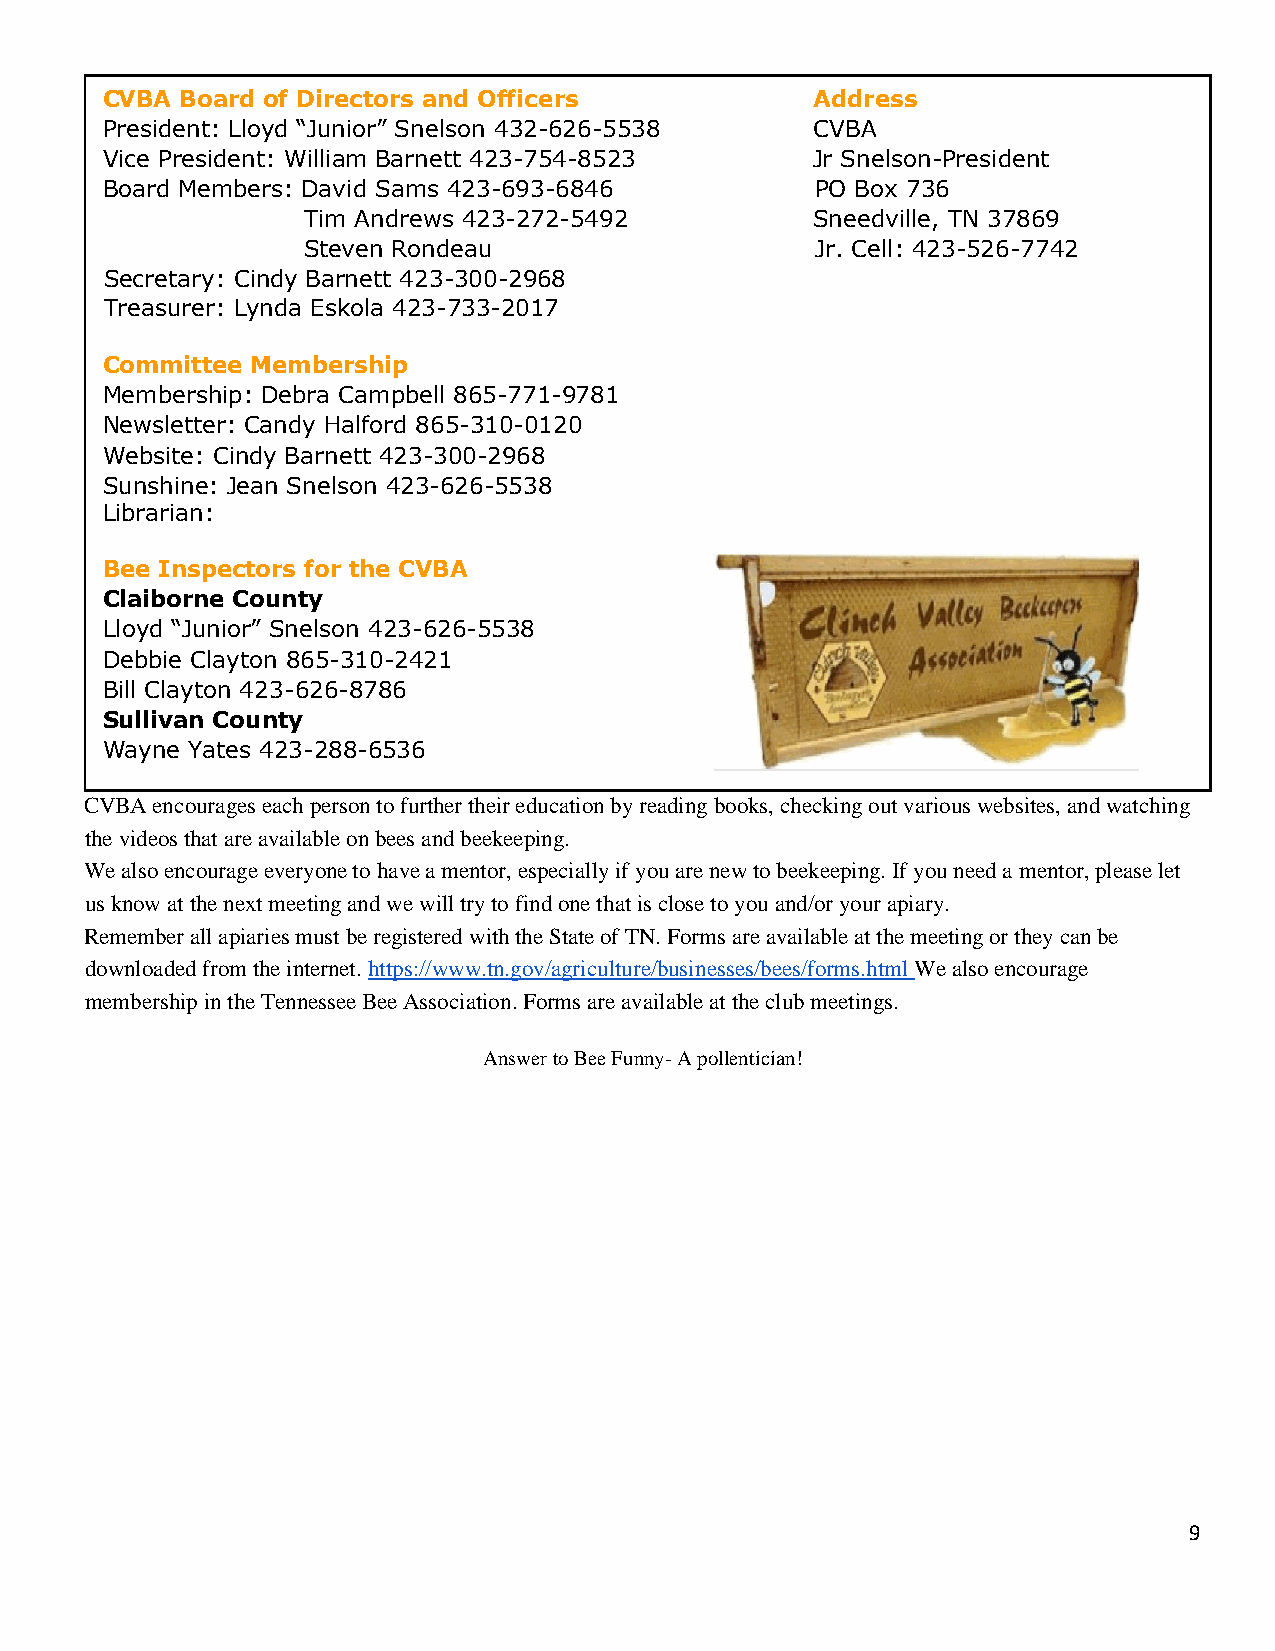
CVBA Board of Directors and Officers           Address
 President: Lloyd “Junior” Snelson 432-626-5538 CVBA
 Vice President: William Barnett 423-754-8523   Jr Snelson-President
 Board Members: David Sams 423-693-6846         PO Box 736
 Tim Andrews 423-272-5492          Sneedville, TN 37869
 Steven Rondeau                    Jr. Cell: 423-526-7742
 Secretary: Cindy Barnett 423-300-2968
 Treasurer: Lynda Eskola 423-733-2017
 Committee Membership
 Membership: Debra Campbell 865-771-9781
 Newsletter: Candy Halford 865-310-0120
 Website: Cindy Barnett 423-300-2968
 Sunshine: Jean Snelson 423-626-5538
 Librarian:
 Bee Inspectors for the CVBA
 Claiborne County
 Lloyd “Junior” Snelson 423-626-5538
 Debbie Clayton 865-310-2421
 Bill Clayton 423-626-8786
 Sullivan County
 Wayne Yates 423-288-6536
 CVBA encourages each person to further their education by reading books, checking out various websites, and watching
 the videos that are available on bees and beekeeping.
 We also encourage everyone to have a mentor, especially if you are new to beekeeping. If you need a mentor, please let
 us know at the next meeting and we will try to find one that is close to you and/or your apiary.
 Remember all apiaries must be registered with the State of TN. Forms are available at the meeting or they can be
 downloaded from the internet. https://www.tn.gov/agriculture/businesses/bees/forms.html We also encourage
 membership in the Tennessee Bee Association. Forms are available at the club meetings.
 Answer to Bee Funny- A pollentician!
 9